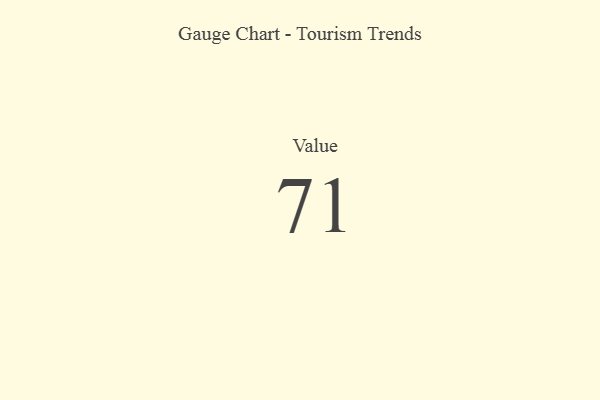
{"axis": {"x": "Metric", "y": "Value"}, "legend": [""], "data": [{"x": "Value", "y": 71, "type": ""}]}